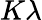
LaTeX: K\lambda